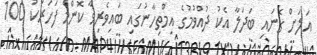
އަލަށް ގެނައި ބަދަލާ އެކު ދުއްވުމުގެ އިމްތިހާނުގައި ބައިވެރިވާ ކޮންމެ ފަހަރަކު 100